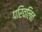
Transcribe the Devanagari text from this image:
परिवलित